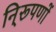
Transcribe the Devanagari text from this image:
नि्रूपणों